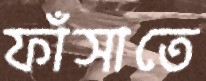
ফাঁসাতে